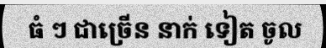
ធំ ៗ ជាច្រើន នាក់ ទៀត ចូល